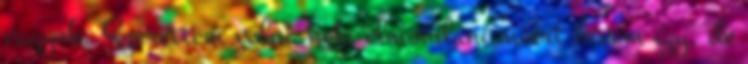
vagyok. Szerettem volna neki elmondani miért hívom így, de